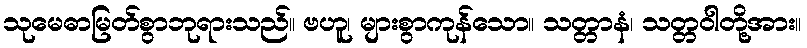
သုမေဓာမြတ်စွာဘုရားသည်။ ဗဟူ၊ များစွာကုန်သော။ သတ္တာနံ၊ သတ္တဝါတို့အား။